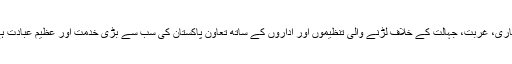
بیماری، غربت، جہالت کے خلاف لڑنے والی تنظیموں اور اداروں کے ساتھ تعاون پاکستان کی سب سے بڑی خدمت اور عظیم عبادت ہے۔